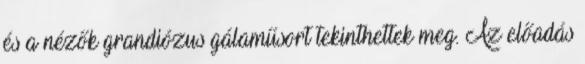
és a nézők grandiózus gálaműsort tekinthettek meg. Az előadás